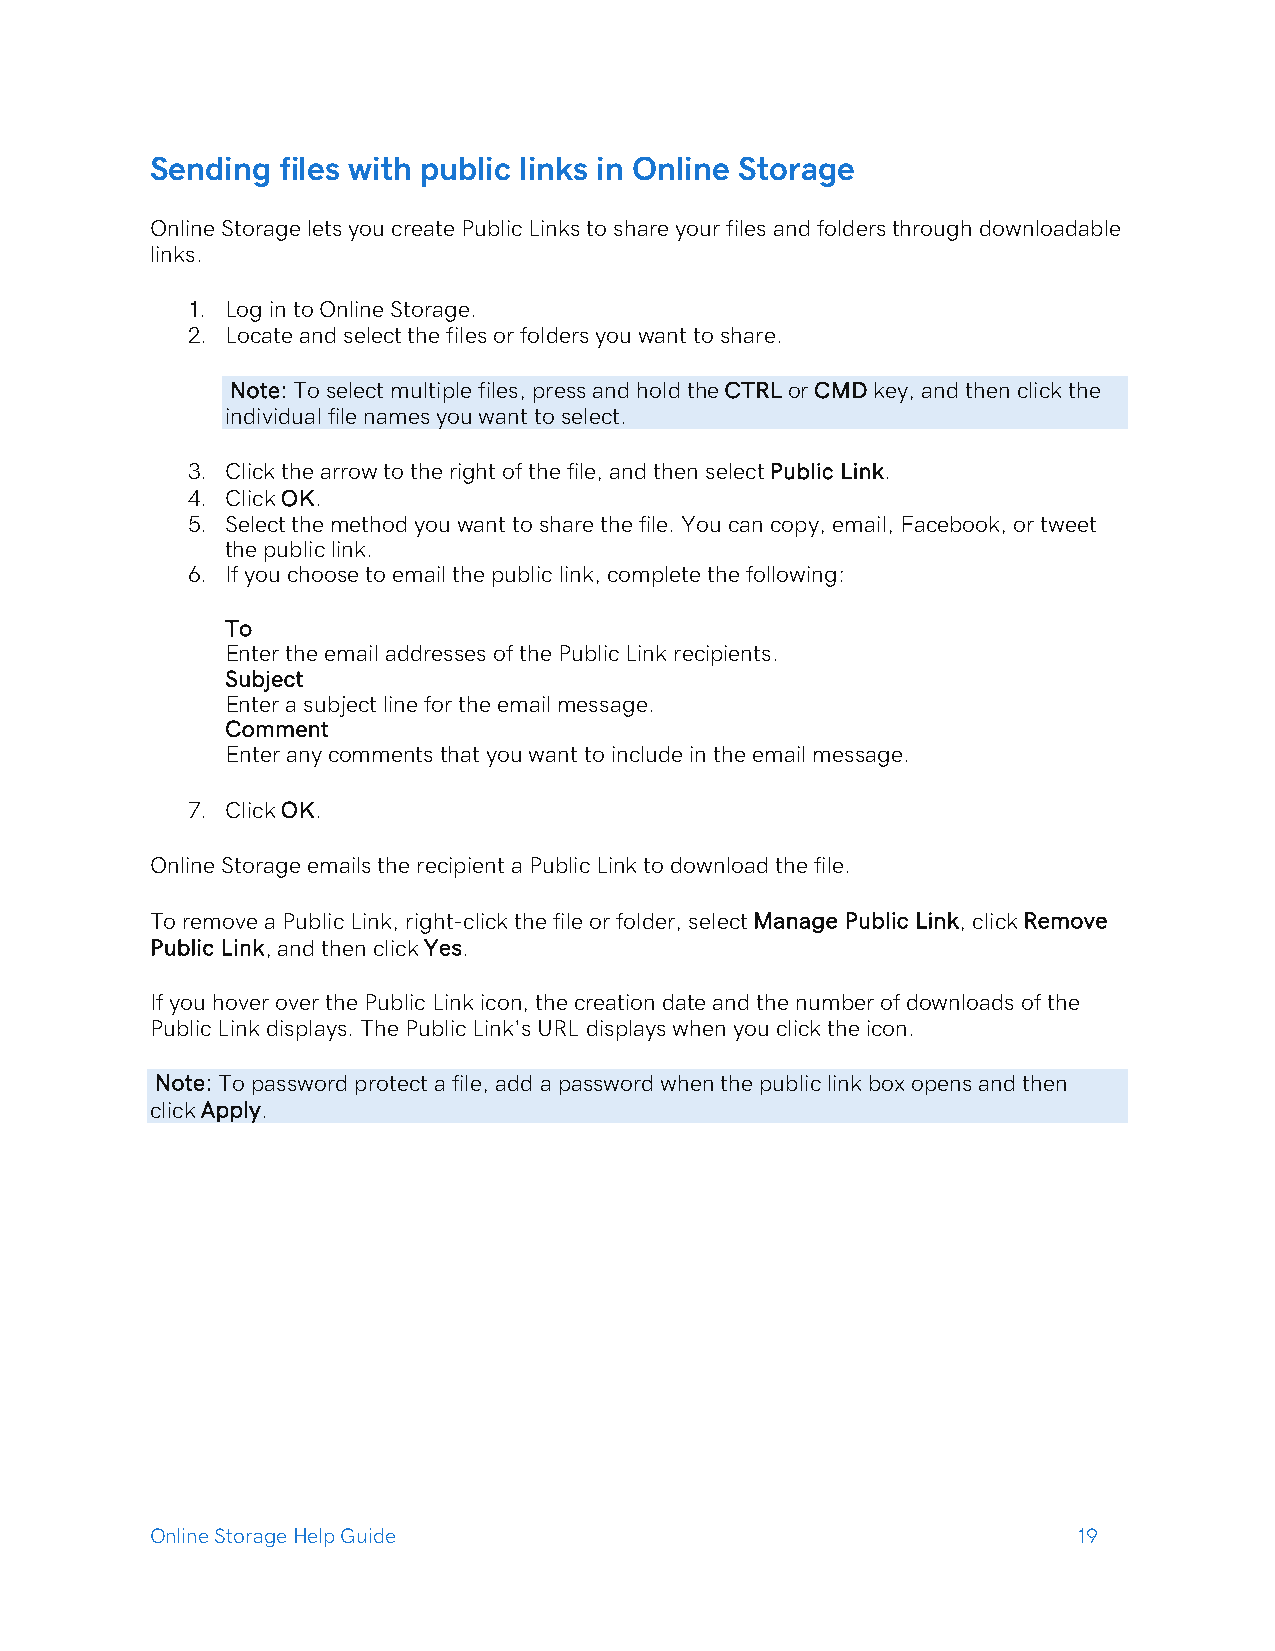
Sending files with public links in Online Storage
 Online Storage lets you create Public Links to share your files and folders through downloadable
 links.
 1. Log in to Online Storage.
 2. Locate and select the files or folders you want to share.
 Note: To select multiple files, press and hold the CTRL or CMD key, and then click the
 individual file names you want to select.
 3. Click the arrow to the right of the file, and then select Public Link.
 4. Click OK.
 5. Select the method you want to share the file. You can copy, email, Facebook, or tweet
 the public link.
 6. If you choose to email the public link, complete the following:
 To
 Enter the email addresses of the Public Link recipients.
 Subject
 Enter a subject line for the email message.
 Comment
 Enter any comments that you want to include in the email message.
 7. Click OK.
 Online Storage emails the recipient a Public Link to download the file.
 To remove a Public Link, right-click the file or folder, select Manage Public Link, click Remove
 Public Link, and then click Yes.
 If you hover over the Public Link icon, the creation date and the number of downloads of the
 Public Link displays. The Public Link's URL displays when you click the icon.
 Note: To password protect a file, add a password when the public link box opens and then
 click Apply.
 Online Storage Help Guide                                    19